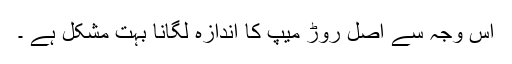
اس وجہ سے اصل روڑ میپ کا اندازہ لگانا بہت مشکل ہے ۔